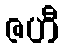
ဇဟီ